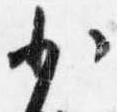
少